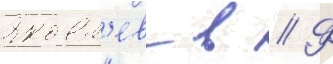
Яковл'ев в // Ф